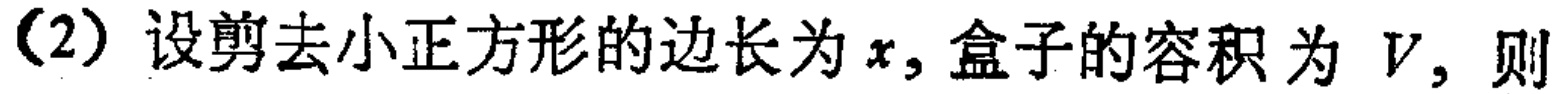
(2) 设剪去小正方形的边长为\(x\)，盒子的容积为 \(V\)，则